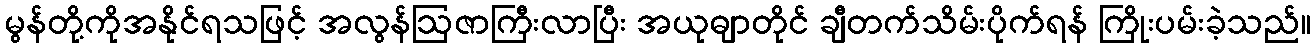
မွန်တို့ကိုအနိုင်ရသဖြင့် အလွန်ဩဇာကြီးလာပြီး အယုဓျာတိုင် ချီတက်သိမ်းပိုက်ရန် ကြိုးပမ်းခဲ့သည်။